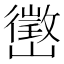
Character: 㠞